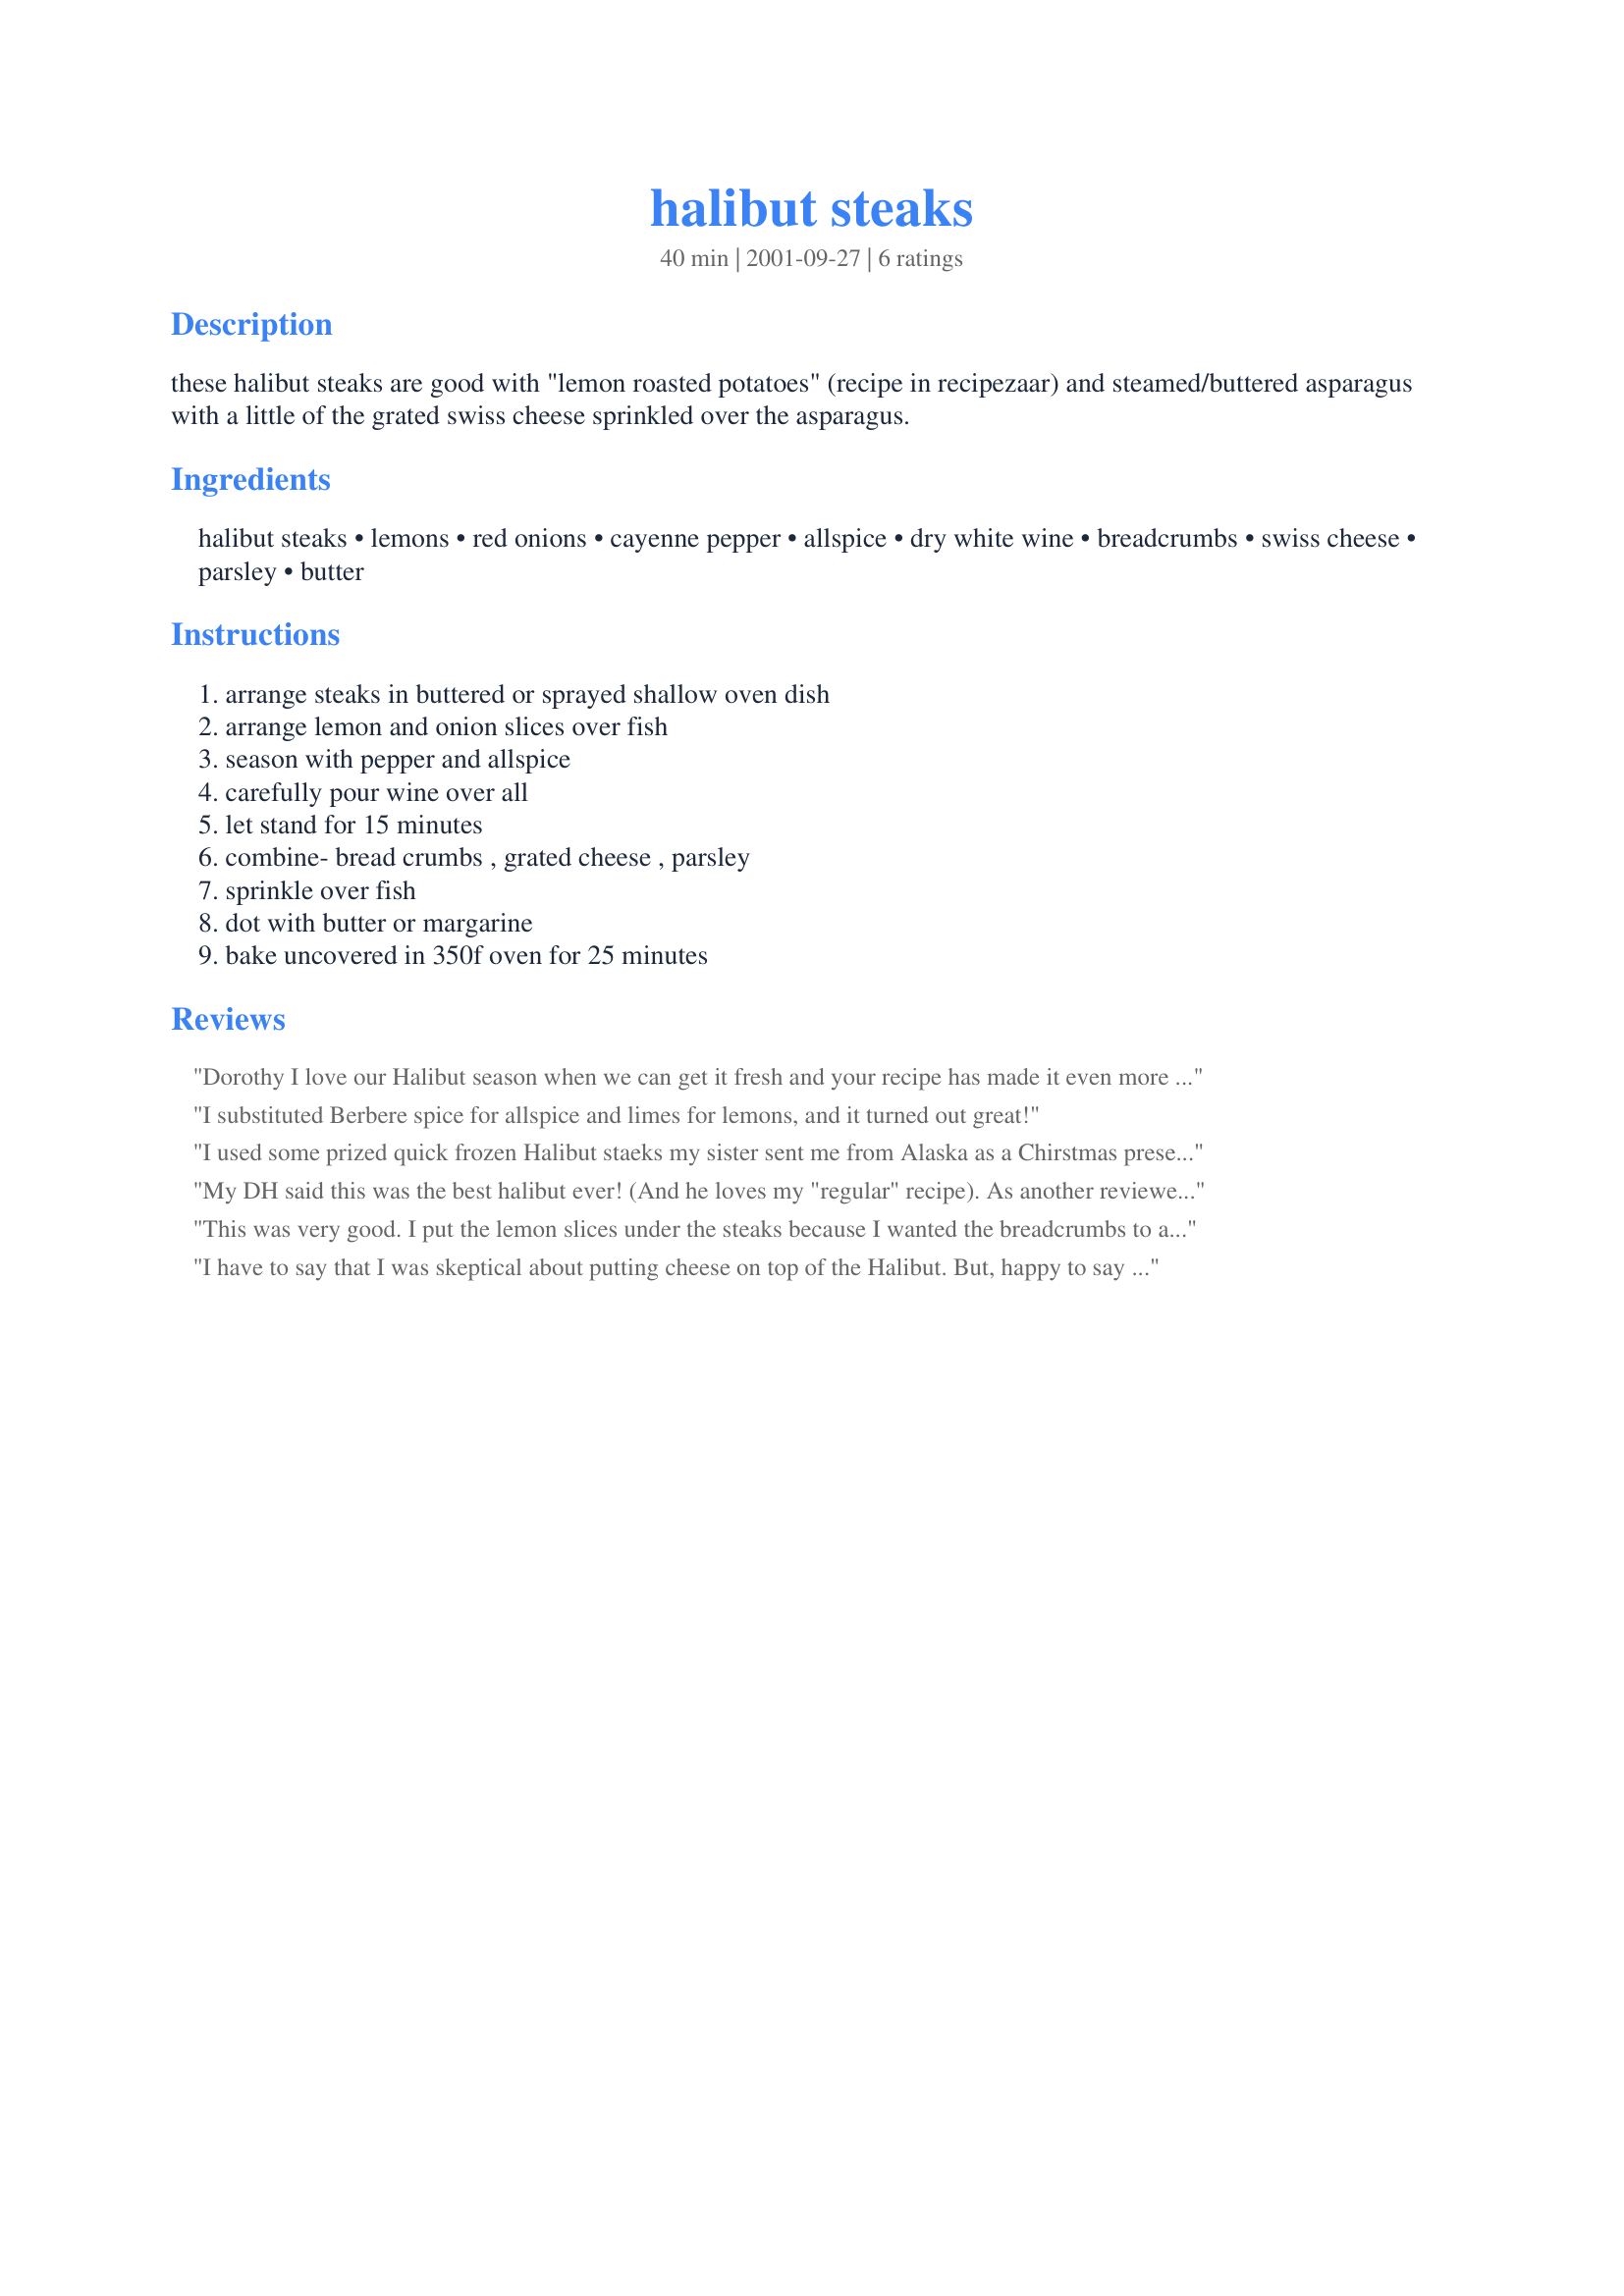
halibut steaks
Preparation time: 40 minutes

these halibut steaks are good with "lemon roasted potatoes" (recipe in recipezaar) and steamed/buttered asparagus with a little of the grated swiss cheese sprinkled over the asparagus.

Ingredients:
halibut steaks, lemons, red onions, cayenne pepper, allspice, dry white wine, breadcrumbs, swiss cheese, parsley, butter

Steps:
arrange steaks in buttered or sprayed shallow oven dish, arrange lemon and onion slices over fish, season with pepper and allspice, carefully pour wine over all, let stand for 15 minutes, combine- bread crumbs , grated cheese , parsley, sprinkle over fish, dot with butter or margarine, bake uncovered in 350f oven for 25 minutes

Reviews:
 Dorothy I love our Halibut season when we can get it fresh and your recipe has made it even more enjoyable. What a simple, easy to prepare and tasty recipe. I got it ready in the AM except for sprinkling the breadcrumbs, cheese mixture on top and dotting on the butter. I did that just before baking it. I cut the recipe to 2 servings worked well. I did use a little more than 1/8 cup wine (which if I followed the recipe and cut it into 2 sevings it would have been) for the moisture while baking.. The baking time for two servings was almost the same just a tad less . Thanks Dorothy for another great recipe — May 21, 2003, 2 members found this helpful

Additional comments- I used lime instead of lemon. Th halibut was perfect - flakey & moist excellent results following your recipe.

I substituted Berbere spice for allspice and limes for lemons, and it turned out great!
I used some prized quick frozen Halibut staeks my sister sent me from Alaska as a Chirstmas present. I am happy to report that the steaks did not go waste.
What an easy and wonderful way to prepare Halibut. 
I did not have swiss cheese so I substituded Mozzarella.
Loved the flavor the lemons and onions gave the fish. The layering of the lemons and onions gave the onions a unique flavor also. 
Thanks for the wonderful recipe.
My DH said this was the best halibut ever! (And he loves my "regular" recipe). As another reviewer suggested, I put the onions and lemon underneath the halibut and then squeezed a small amount of fresh lemon juice on top for the marinating time. I used a bit more bread crumbs than called for and used fresh grated Parmesan. I think I would increase both next time to get a nice crunchy topping. Also, I couldn't taste the allspice, so I might either increase it or sub another herb. But the winning thing about this recipe is that it was so beautiful and moist. Very flavourful, very easy, what could be better?! Definitely a make-again! Thanks, Derf, for posting!
This was very good. I put the lemon slices under the steaks because I wanted the breadcrumbs to apply directly to the fish. The allspice was something I haven't used much. Added an interesting flavor.
I have to say that I was skeptical about putting cheese on top of the Halibut. But, happy to say that this worked out very nicely! <br/>I did take another review in mind when cooking this lovely dish and put the onions and lemon on the bottom of the dish so that the breadcrumbs would adhere to the fish. <br/>Very nice and different way to cook Halibut! The cheese blended so well with the breadcrumbs, lemon, wine and fish. <br/>Thanks for sharing.
